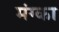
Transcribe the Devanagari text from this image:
मंग्का